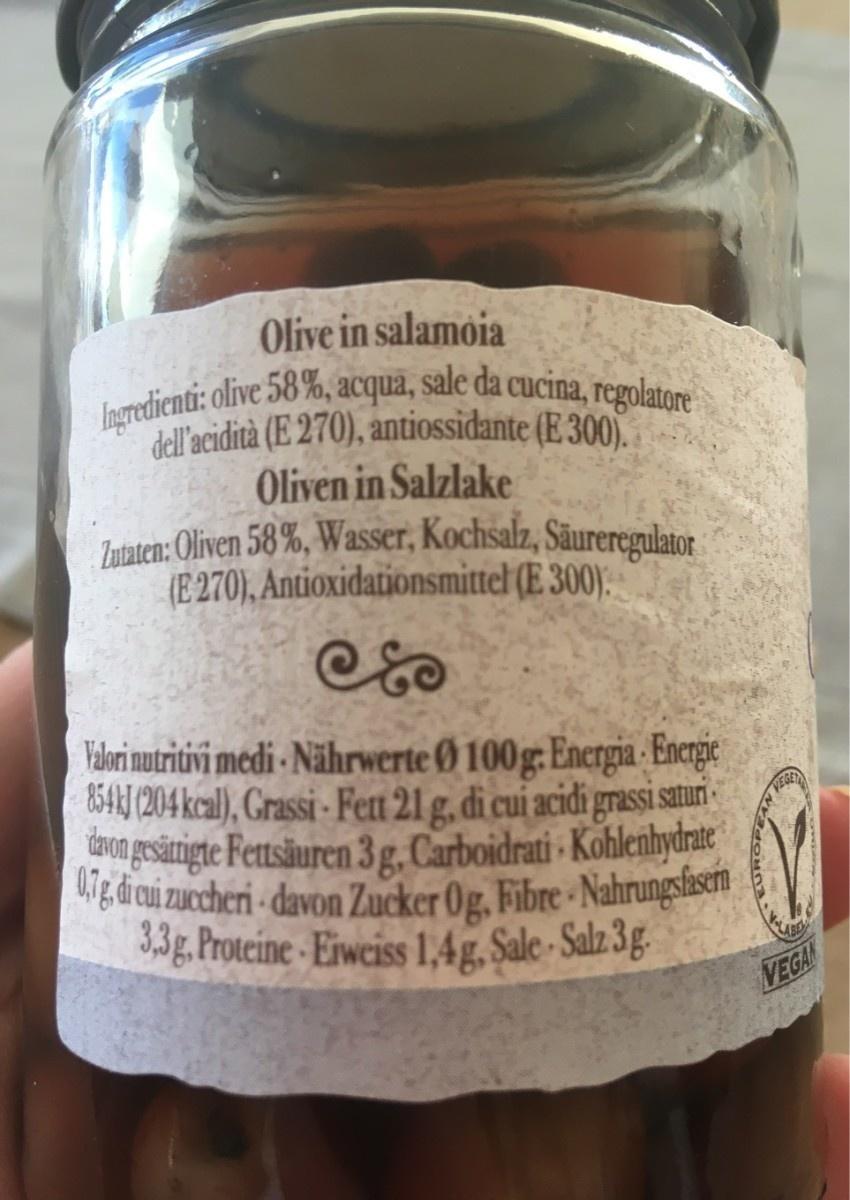
Olive in salamoia
Ingredienti: olive 58%, acqua, sale da cucina, regolatore dell'acidità (E 270), antiossidante (E 300). Oliven in Salzlake
Zutaten: Oliven 58%, Wasser, Kochsalz, Säureregulator (E270), Antioxidationsmittel (E 300)
@80
Valori nutritivi medi Nährwerte Ø 100 g: Energia Energie 854 kJ (204 kcal), Grassi-Fett 21 g, di cui acidi grassi saturi 0,7g, di cui zuccheri-davon Zucker Og, Fibre Nahrungsfasern davon gesättigte Fettsäuren 3 g, Carboidrati Kohlenhydrate 3,3g. Proteine Eiweiss 1,4g, Sale Salz 3g.
VEGE
VEGAN